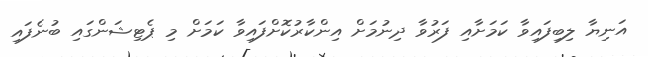
އަނިޔާ ލިބިފައިވާ ކަމަށާއި ފަރުވާ ދިނުމަށް އިންކާރުކޮށްފައިވާ ކަމަށް މި ޕެޓިޝަންގައި ބުނެފައި